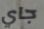
جاي